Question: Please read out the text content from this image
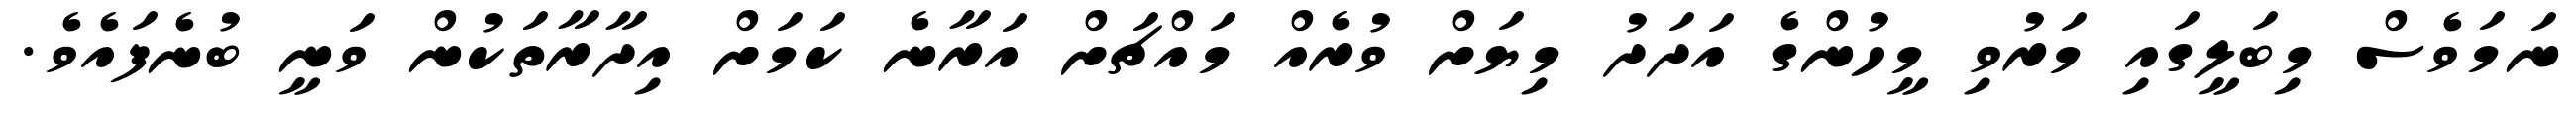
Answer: ނަމަވެސް މިބަލީގައި މަރުވި މީހުންގެ އަދަދު މިޔަށް ވުރެއް މައްޗަށް އަރާނެ ކަމަށް އިދާރާތަކުން ވަނީ ބުނެފައެވެ.